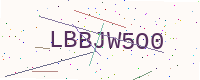
Text: LBBJW5O0